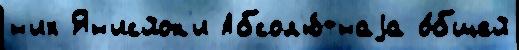
н'их Ян'исйок'и Абсол'ю́тнаjа о́бщей